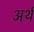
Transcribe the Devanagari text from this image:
अर्थं